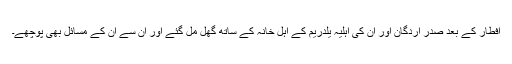
افطار کے بعد صدر اردگان اور ان کی اہلیہ یلدریم کے اہل خانہ کے ساتھ گھل مل گئے اور ان سے ان کے مسائل بھی پوچھے۔